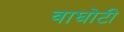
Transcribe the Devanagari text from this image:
वाघोटी